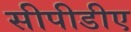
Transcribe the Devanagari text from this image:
सीपीडीए